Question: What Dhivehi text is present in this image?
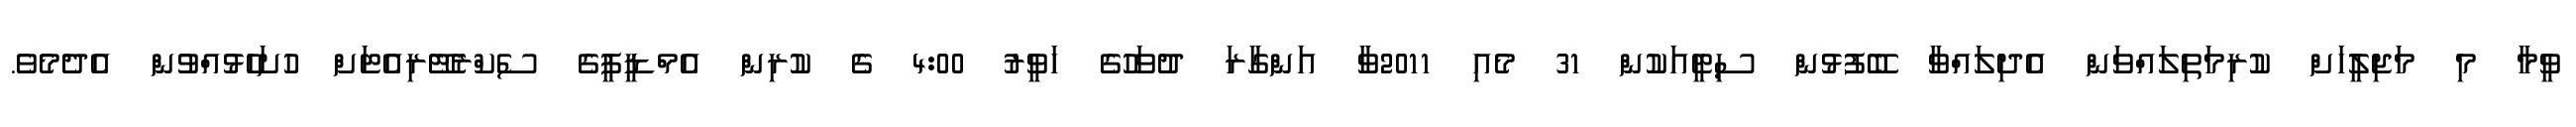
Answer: ވީމާ މި މަޖިލީހަށް ކުރިމަތިލައްވަން އެދިލައްވާ ބޭފުޅުން ސިޓީއަކުން 31 މެއި 2011ވާ އަންގާރަ ދުވަހުގެ ހަވީރު 4:00 ގެ ކުރިން އެމްޑީޕީގެ ސެކްރެޓޭރިއެޓަށް ހުށަހެޅުއްވުން އެދެމެވެ.